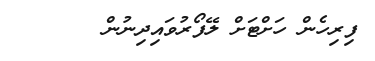
ފިރިހެން ހަށްޓަށް ލޭފޯރުވައިދިނުން